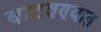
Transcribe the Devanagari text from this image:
बाटवण्यात